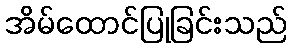
အိမ်ထောင်ပြုခြင်းသည်